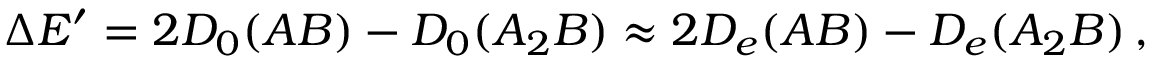
\Delta E ^ { \prime } = 2 D _ { 0 } ( A B ) - D _ { 0 } ( A _ { 2 } B ) \approx 2 D _ { e } ( A B ) - D _ { e } ( A _ { 2 } B ) \, ,